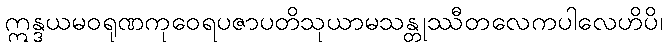
ဣန္ဒယမဝရုဏကုဝေရပဇာပတိသုယာမသန္တုဿီတလေကပါလေဟိပိ၊